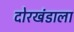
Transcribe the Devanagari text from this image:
दोरखंडाला